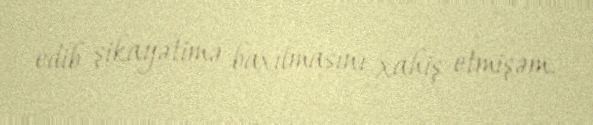
edib şikayətimə baxılmasını xahiş etmişəm.